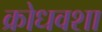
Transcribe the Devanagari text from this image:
क्रोधवशा